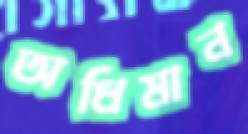
অধিমান